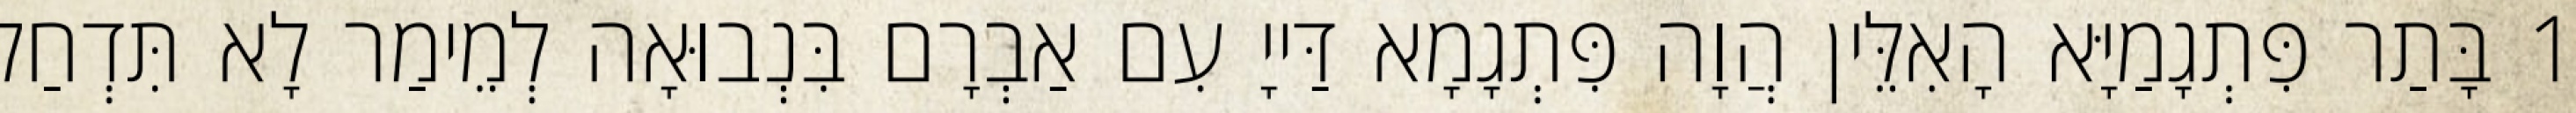
1 בָּתַר פִּתְגָמַיָּא הָאִלֵּין הֲוָה פִּתְגָמָא דַּייָ עִם אַבְרָם בִּנְבוּאָה לְמֵימַר לָא תִּדְחַל